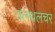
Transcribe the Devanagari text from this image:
जलथलचर